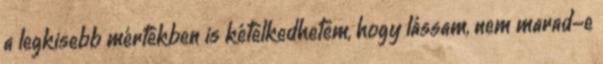
a legkisebb mértékben is kételkedhetem, hogy lássam, nem marad-e